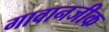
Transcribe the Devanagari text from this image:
गावानजीक